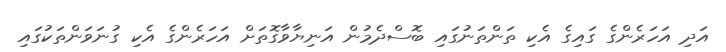
އަދި އަހަރެންގެ ގައިގެ އެކި ތަންތަނުގައި ބޮސްދެމުން އަނިޔާވާގޮތަށް އަހަރެންގެ އެކި ގުނަވަންތަކުގައި